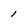
Character: 1